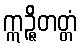
ဣဉ္ဇိတတ္တံ